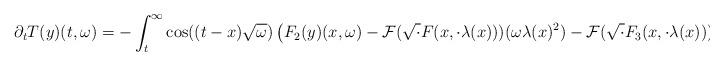
LaTeX: \begin{align*} \partial_{t}T(y)(t,\omega) = -\int_{t}^{\infty} \cos((t-x)\sqrt{\omega})\left(F_{2}(y)(x,\omega)-\mathcal{F}(\sqrt{\cdot}F(x,\cdot \lambda(x)))(\omega \lambda(x)^{2})-\mathcal{F}(\sqrt{\cdot}F_{3}(x,\cdot\lambda(x)))(\omega \lambda(x)^{2})\right) dx\end{align*}